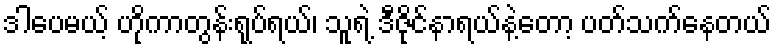
ဒါပေမယ့် ဟိုကာတွန်းရုပ်ရယ်၊ သူရဲ့ ဒီဇိုင်နာရယ်နဲ့တော့ ပတ်သက်နေတယ်